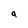
Character: a